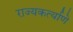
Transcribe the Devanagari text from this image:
राज्यकर्त्याणे